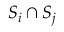
S _ { i } \cap S _ { j }